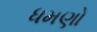
ધમણો